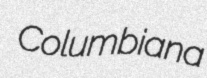
Columbiana